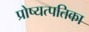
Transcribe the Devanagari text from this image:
प्रोष्यत्पतिका